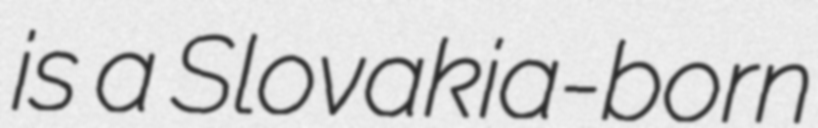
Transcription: is a Slovakia-born